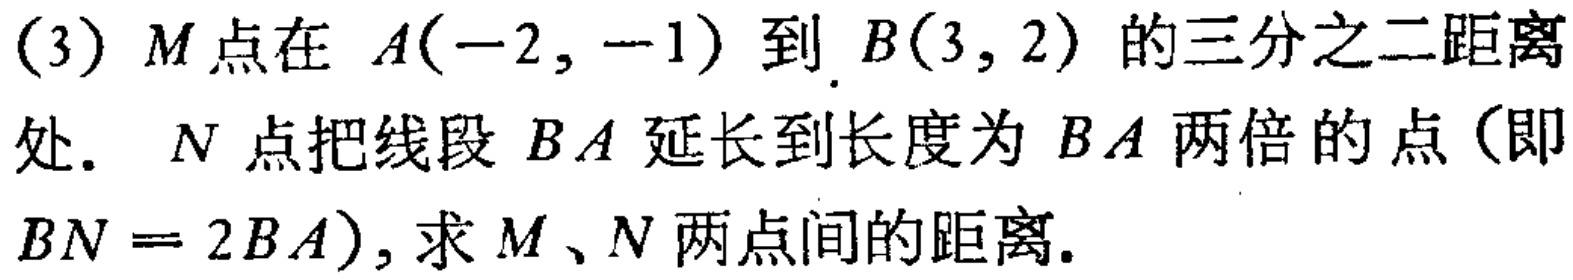
(3) \(M\)点在 \(A(-2,-1)\) 到 \(B(3,2)\) 的三分之二距离处. \(N\) 点把线段 \(BA\) 延长到长度为 \(BA\) 两倍的点 (即 \(BN = 2BA\)), 求 \(M\)、\(N\) 两点间的距离.